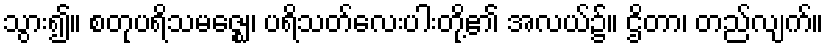
သွား၍။ စတုပရိသမဇ္ဈေ၊ ပရိသတ်လေးပါးတို့၏ အလယ်၌။ ဌိတာ၊ တည်လျက်။